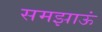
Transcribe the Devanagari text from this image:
समझाऊं